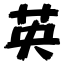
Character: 英